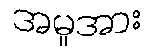
အမှုအား